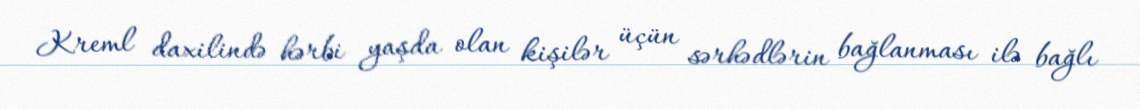
Kreml daxilində hərbi yaşda olan kişilər üçün sərhədlərin bağlanması ilə bağlı